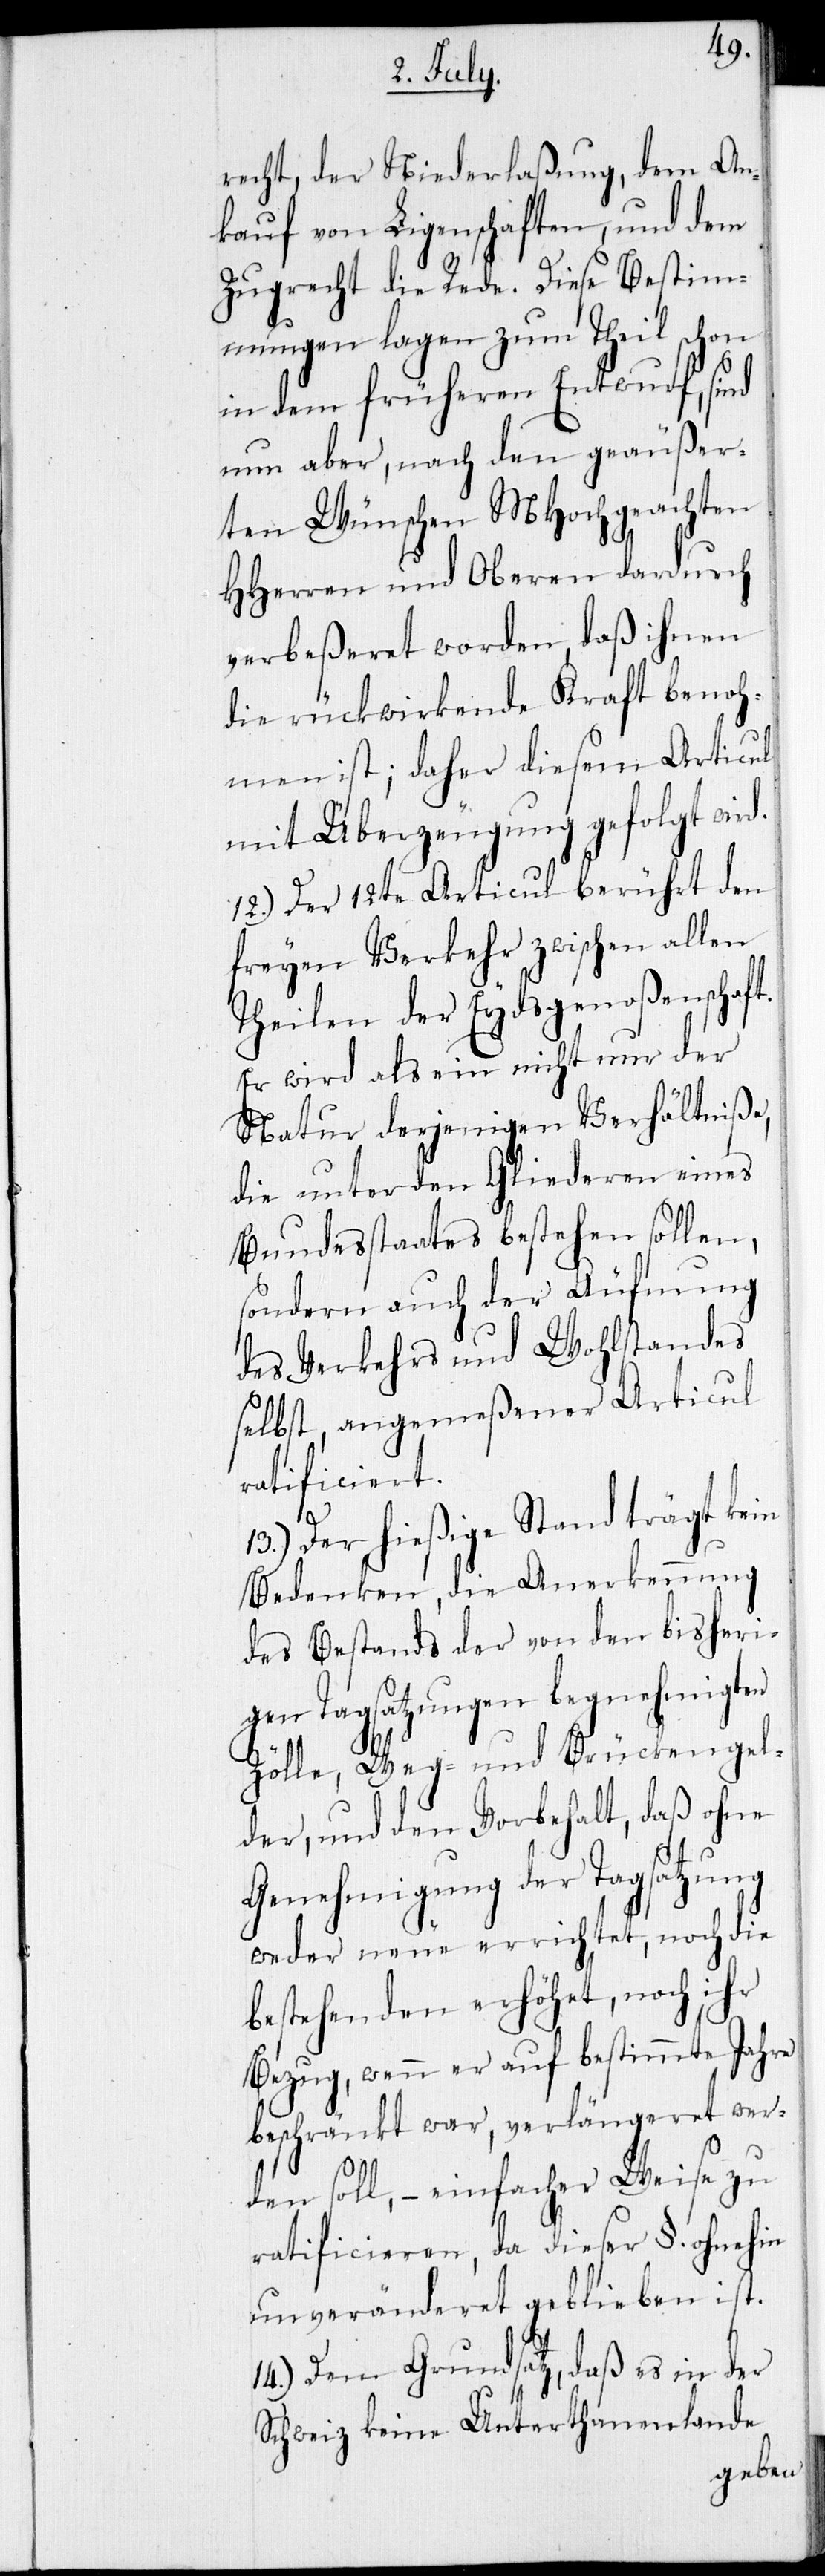
recht, der Niederlaßung, dem An¬
kauf von Ligenschaften, und dem
Zugrecht die Rede. Diese Bestim¬
mungen lagen zum Theil schon
in dem früheren Entwurf, sind
nun aber, nach den geäußer¬
ten Wünschen MHochgeachten
HHerren und Oberen dardurch
verbeßeret worden, daß ihnen
die rückwirkende Kraft benoh¬
men ist; daher diesem Articul
mit Überzeugung gefolgt wird.
12.) Der 12te Articul berührt den
freyen Verkehr zwischen allen
Theilen der Eydsgenoßenschaft.
Er wird als ein nicht nur der
Natur derjenigen Verhältniße,
die unter den Gliederen eines
Bundesstaates bestehen sollen,
sondern auch der Äufnung
des Verkehrs und Wohlstandes
selbst, angemeßener Articul
ratificiert.
13.) Der hießige Stand trägt kein
Bedenken, die Anerkennung
des Bestands der von den bisheri¬
gen Tagsatzungen begnehmigten
Zöllen, Weg- und Brückengel¬
der, und den Vorbehalt, daß ohne
Genehmigung der Tagsatzung
weder neue errichtet, noch die
bestehenden erhöhet, noch ihr
Bezug, wenn er auf bestimmte Jahre
beschränkt war, verlängeret wer¬
den soll, – einfacher Weise zu
ratificieren, da dieser §. ohnehin
unveränderet geblieben ist.
14.) Dem Grundsatz, daß es in der
Schweiz keine Unterthanenlande